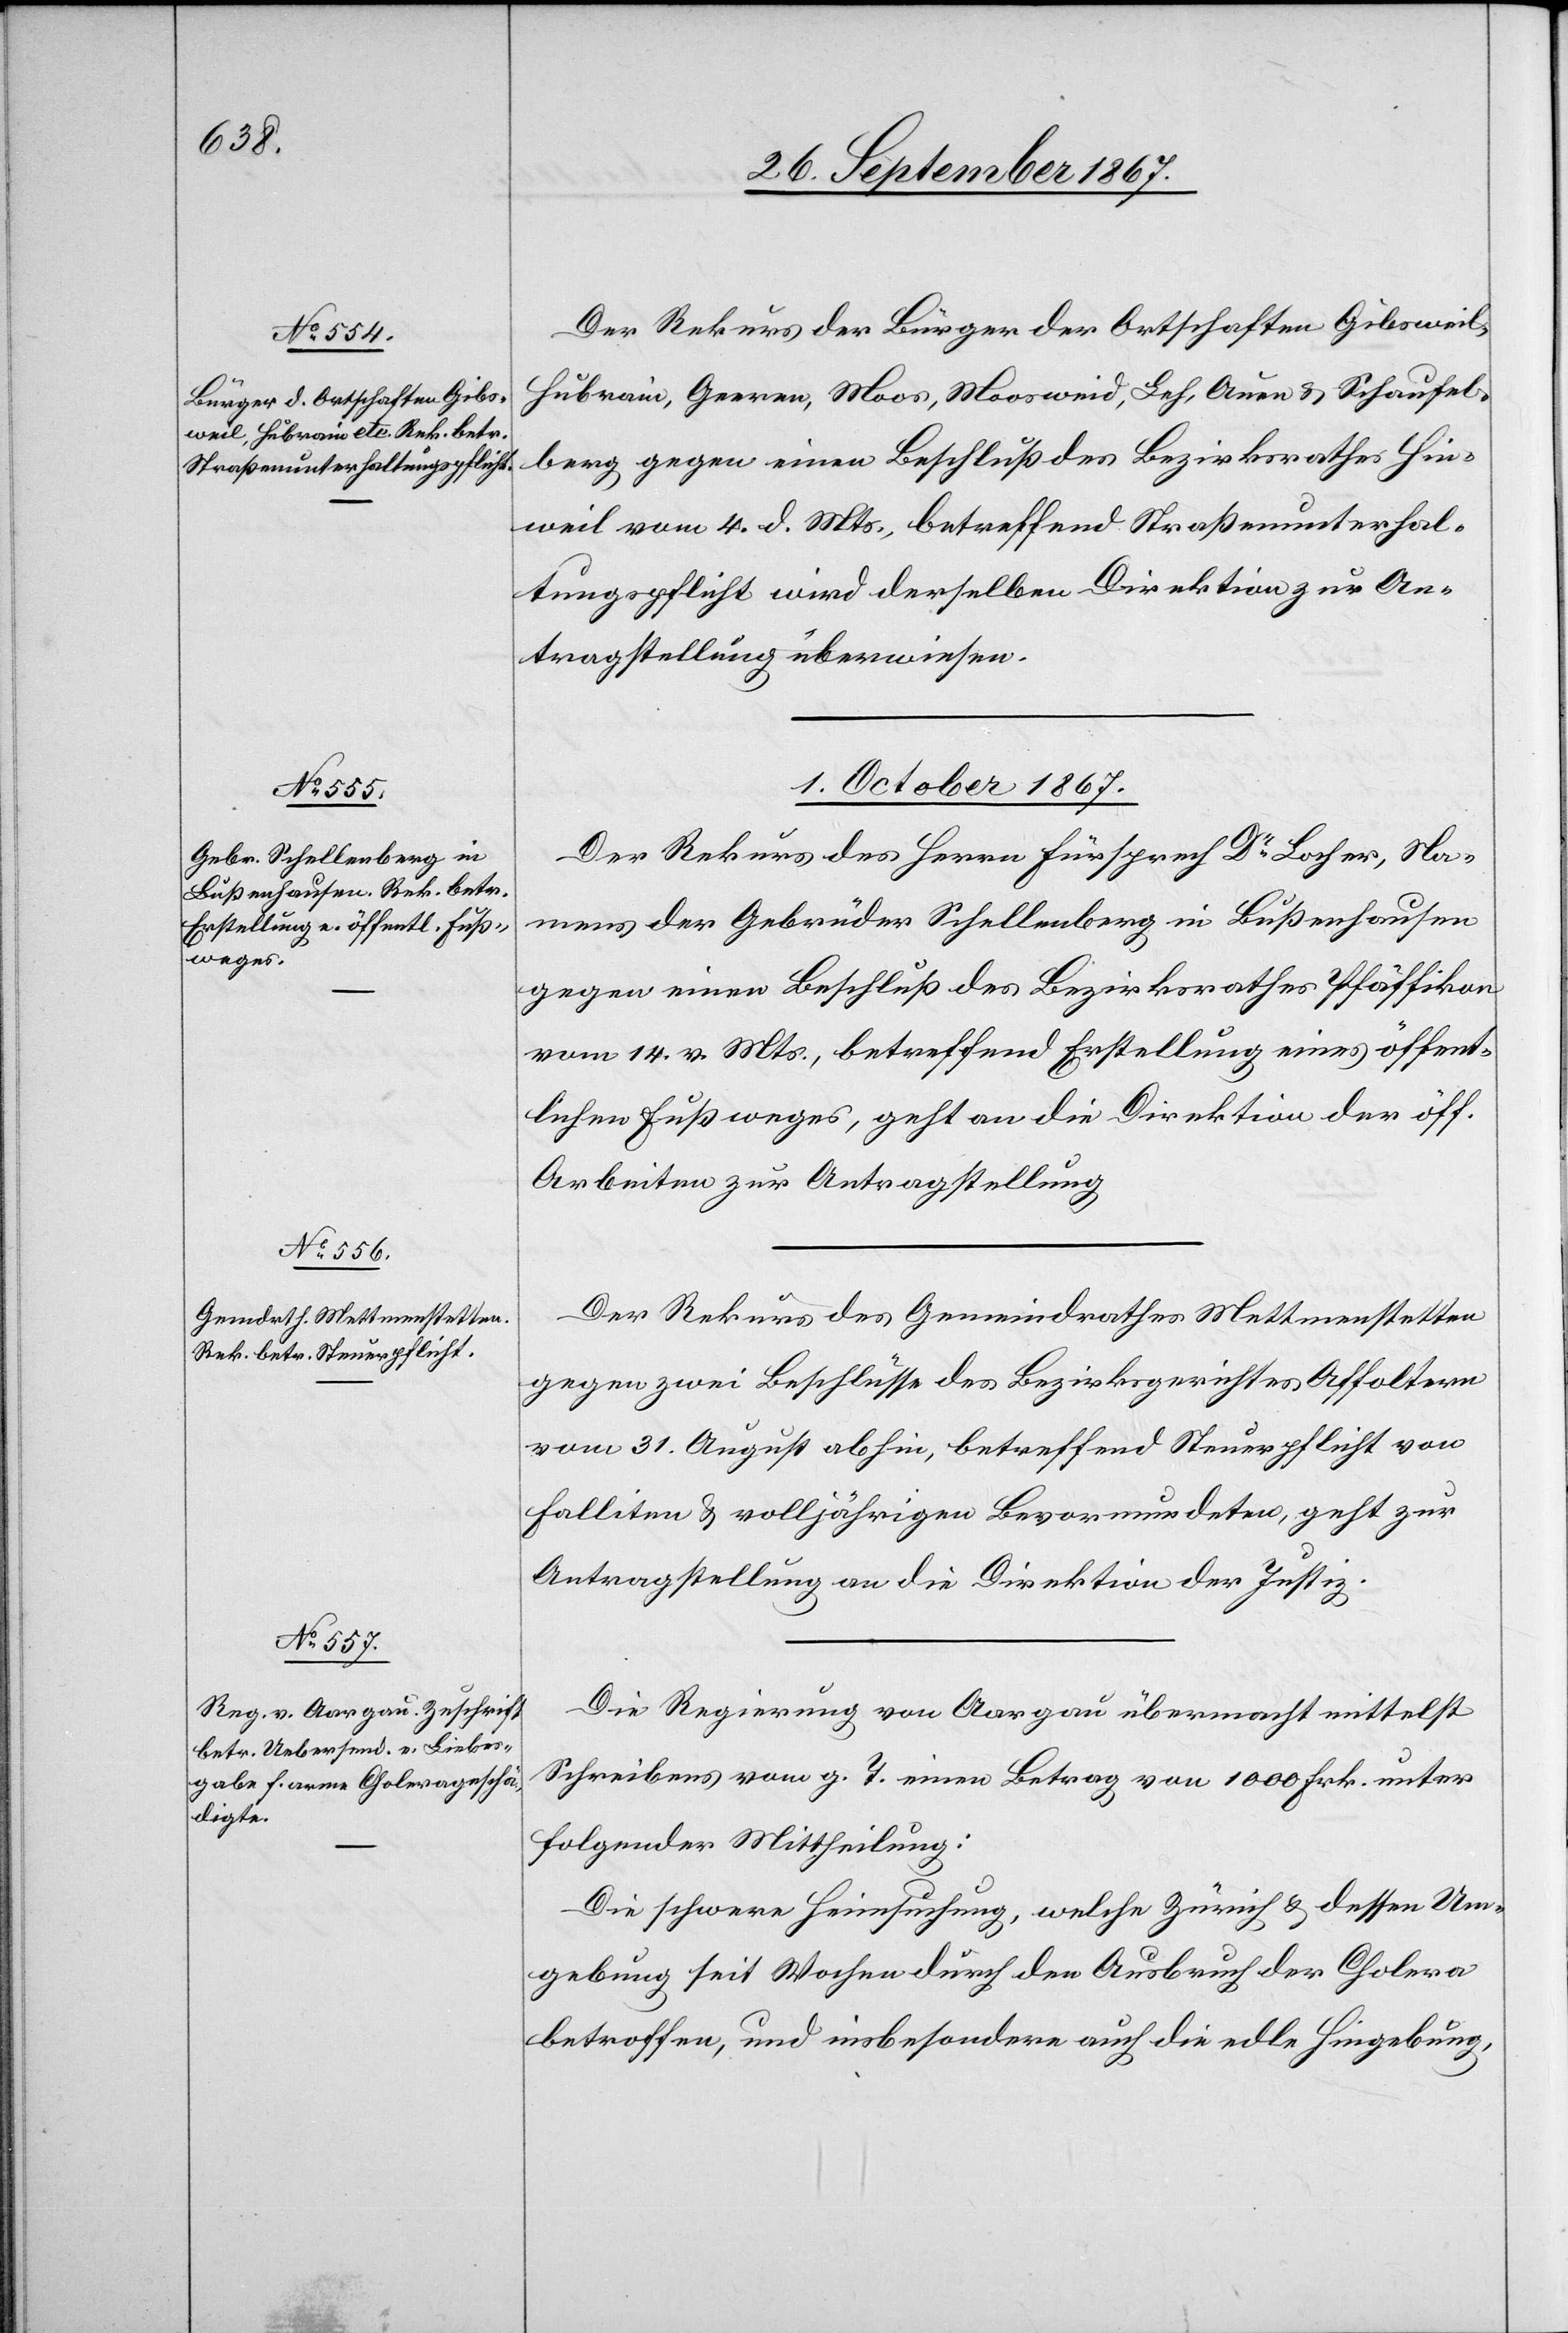
30. September 1867.]
Der Rekurs der Bürger der Ortschaften Gibsweil,
Hubrain, Geeren, Moos, Moosweid, Leh, Auen u. Schaufel¬
berg gegen einen Beschluß des Bezirksrathes Hin¬
weil vom 4. d. Mts., betreffend Straßenunterhal¬
tungspflicht wird derselben Direktion zur An¬
tragstellung überwiesen.
1. October 1867.]
Der Rekurs des Herrn Fürsprech Dr. Locher, Na¬
mens der Gebrüder Schellenberg in Bußenhausen
gegen einen Beschluß des Bezirksrathes Pfäffikon
vom 14. v. Mts., betreffend Erstellung eines öffent¬
lichen Fußweges, geht an die Direktion der öff.
Arbeiten zur Antragstellung.
Der Rekurs des Gemeindrathes Mettmenstetten
gegen zwei Beschlüsse des Bezirksgerichtes Affoltern
vom 31. August abhin, betreffend Steuerpflicht von
Falliten u. volljährigen Bevormundeten, geht zur
Antragstellung an die Direktion der Justiz.
Die Regierung von Aargau übermacht mittelst
Schreibens vom g. T. einen Betrag von 1000 Frk. unter
folgender Mittheilung:
Die schwere Heimsuchung, welche Zürich u. dessen Um¬
gebung seit Wochen durch den Ausbruch der Cholera
betroffen, und insbesondere auch die edle Hingebung